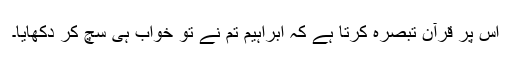
اس پر قرآن تبصرہ کرتا ہے کہ ابراہیم تم نے تو خواب ہی سچ کر دکھایا۔